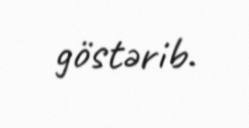
göstərib.